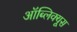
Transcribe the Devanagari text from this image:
ऑब्लिक्यूस